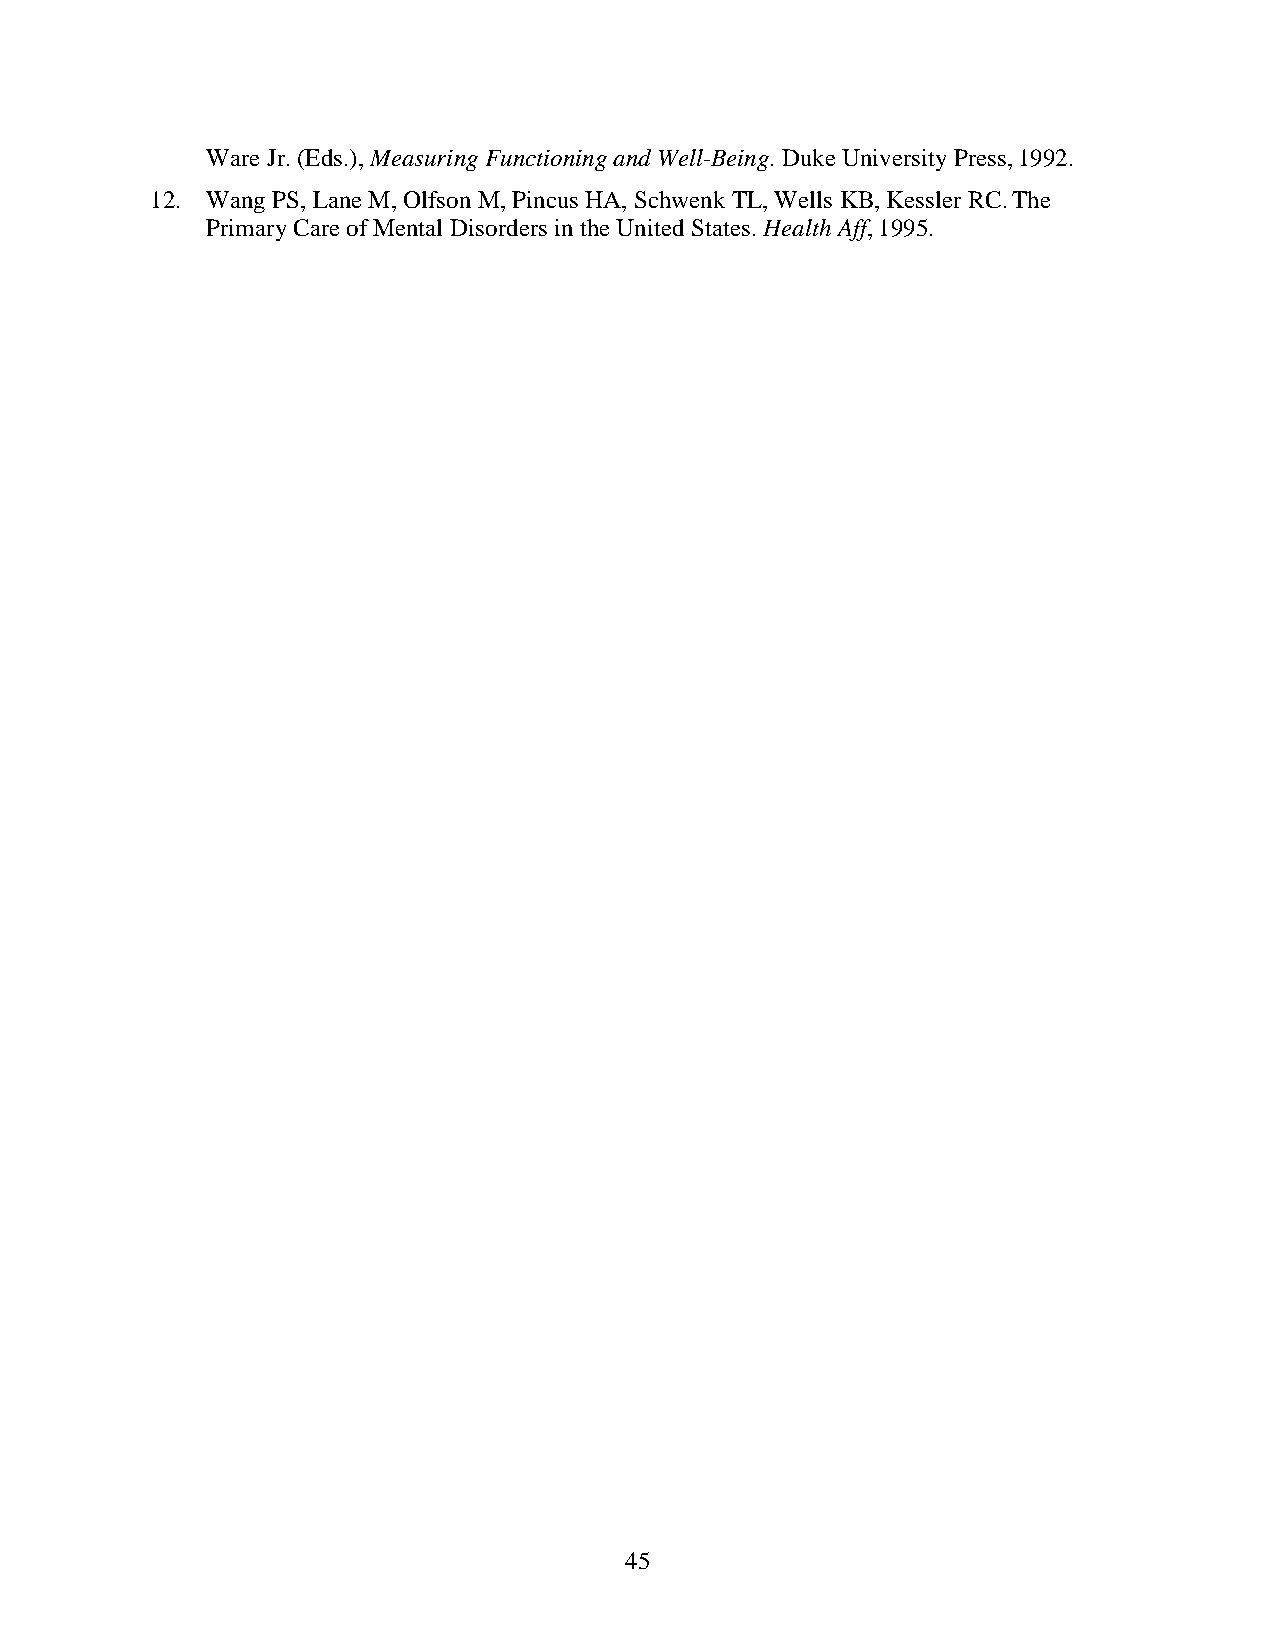
Ware Jr. (Eds.), Measuring Functioning and Well-Being. Duke University Press, 1992.
 12. Wang PS, Lane M, Olfson M, Pincus HA, Schwenk TL, Wells KB, Kessler RC. The
 Primary Care of Mental Disorders in the United States. Health Aff, 1995.
 45